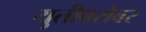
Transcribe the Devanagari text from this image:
युतीबरोबर